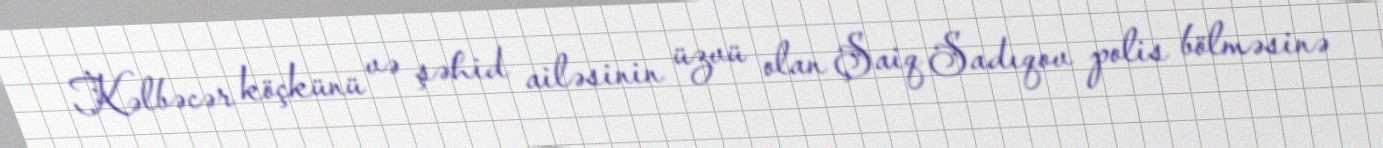
Kəlbəcər köçkünü və şəhid ailəsinin üzvü olan Şaiq Sadıqov polis bölməsinə